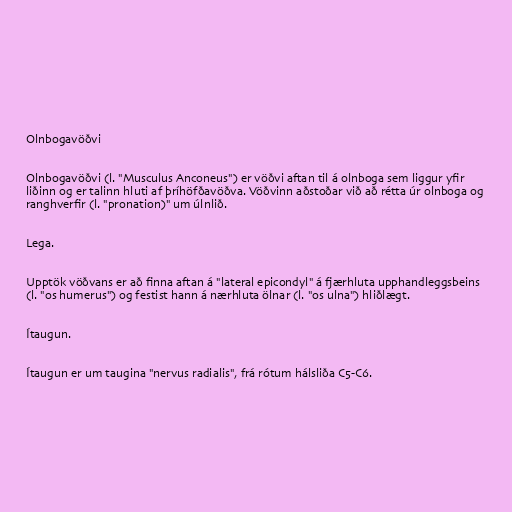
Olnbogavöðvi

Olnbogavöðvi (l. "Musculus Anconeus") er vöðvi aftan til á olnboga sem liggur yfir
liðinn og er talinn hluti af þríhöfðavöðva. Vöðvinn aðstoðar við að rétta úr olnboga og
ranghverfir (l. "pronation)" um úlnlið.

Lega.

Upptök vöðvans er að finna aftan á "lateral epicondyl" á fjærhluta upphandleggsbeins
(l. "os humerus") og festist hann á nærhluta ölnar (l. "os ulna") hliðlægt.

Ítaugun.

Ítaugun er um taugina "nervus radialis", frá rótum hálsliða C5-C6.